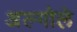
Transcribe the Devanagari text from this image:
अल्गोले